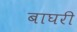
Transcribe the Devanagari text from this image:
बाघरी